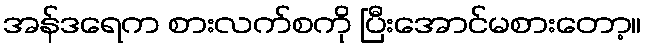
အန်ဒရေက စားလက်စကို ပြီးအောင်မစားတော့။